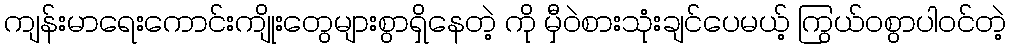
ကျန်းမာရေးကောင်းကျိုးတွေများစွာရှိနေတဲ့ ကို မှီဝဲစားသုံးချင်ပေမယ့် ကြွယ်ဝစွာပါဝင်တဲ့